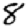
Digit: 8